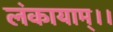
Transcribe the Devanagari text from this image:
लंकायाम्।।